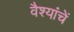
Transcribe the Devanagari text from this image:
वैश्यांचें